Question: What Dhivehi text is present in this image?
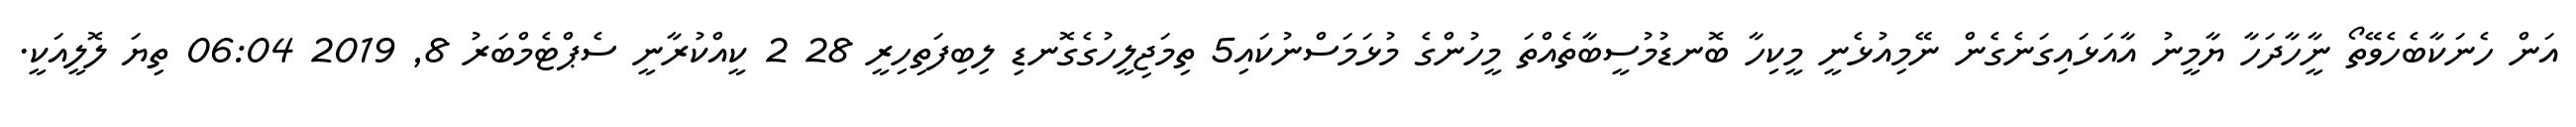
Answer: އަން ހެނަކާބެހެވޭތޯ ނީާހާދަހާ ޔާމީނު އާއަޅައިގަނެގެން ނޭމިއުޅެނީ މީކިހާ ބޮނޑުމުސީބާތެއްތަ މީހުންގެ މުޅަމަސްނުކައި5 ތިމަޖިލީހުގެގޮނޑި ލިބިފަތިހިރީ 28 2 ކީއްކުރާނީ ސެޕްޓެމްބަރު 8, 2019 06:04 ތިޔަ ލޮލީއަކީ.